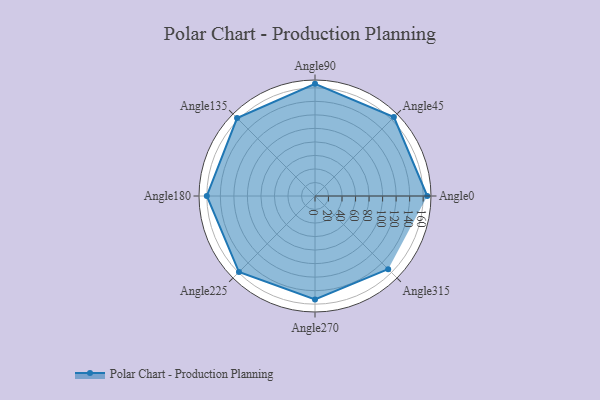
{"axis": {"x": "Angle", "y": "Radius"}, "legend": [""], "data": [{"x": "Angle0", "y": 166.0, "type": ""}, {"x": "Angle45", "y": 165.0, "type": ""}, {"x": "Angle90", "y": 166.0, "type": ""}, {"x": "Angle135", "y": 163.0, "type": ""}, {"x": "Angle180", "y": 160.0, "type": ""}, {"x": "Angle225", "y": 159.0, "type": ""}, {"x": "Angle270", "y": 153.0, "type": ""}, {"x": "Angle315", "y": 153.0, "type": ""}]}